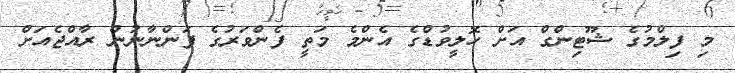
މި ފިލްމުގެ ޝޫޓިންގް އަށް ހޮލީވުޑްގެ އެންމެ މަތީ ފެންވަރުގެ ފަންނާނުން ރާއްޖެއަށް